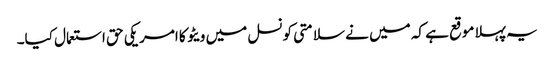
یہ پہلا موقع ہے کہ میں نے سلامتی کونسل میں ویٹو کا امریکی حق استعمال کیا۔